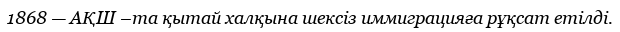
1868 — АҚШ –та қытай халқына шексіз иммиграцияға рұқсат етілді.